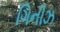
ગિનીઝ